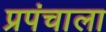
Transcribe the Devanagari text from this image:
प्रपंचाला